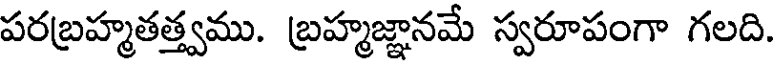
పరబ్రహ్మతత్త్వము. బ్రహ్మజ్ఞానమే స్వరూపంగా గలది.